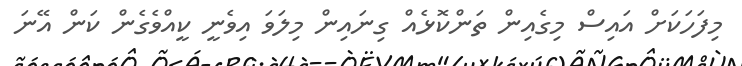
މިފަހަކަށް އައިސް މިގެއިން ތަންކޮޅެއް ގިނައިން މިލަވަ އިވެނީ ކީއްވެގެން ކަން އޭނަ